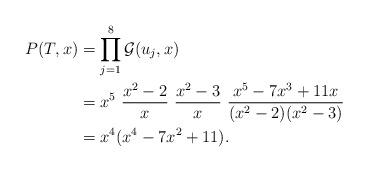
LaTeX: \begin{align*} P(T, x) &= \prod_{j=1}^{8} \mathcal{G}(u_j, x)\\ &= x^5 \ \frac{x^2-2}{x} \ \frac{x^2-3}{x} \ \frac{x^5-7x^3 +11x}{(x^2-2)(x^2-3)}\\ &= x^4 (x^4 - 7x^2 + 11) .\end{align*}